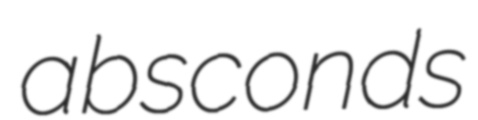
absconds